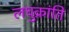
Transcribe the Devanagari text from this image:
लघुक्रांति